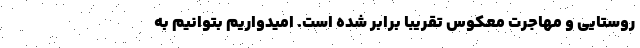
روستایی و مهاجرت معکوس تقریباً برابر شده است. امیدواریم بتوانیم به